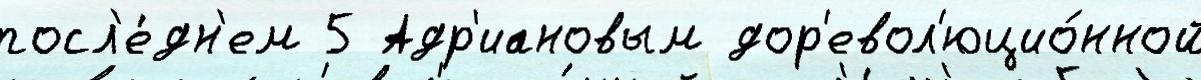
посл'е́дн'ем 5 Адр'иановым дор'евол'юцио́нной